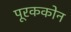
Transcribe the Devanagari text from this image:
पूरककोन